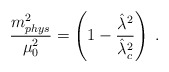
\begin{align*}\frac {m^2_{phys}} {\mu_0^2} = \left(1- \frac { {{\hat{\lambda}^2}}}{{{\hat{\lambda}}^2_c}} \right) \; .\end{align*}